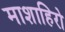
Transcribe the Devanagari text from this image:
माशाहिरो